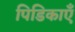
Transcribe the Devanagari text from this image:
पिडिकाएँ